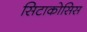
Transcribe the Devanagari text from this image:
सिटाकोसिस